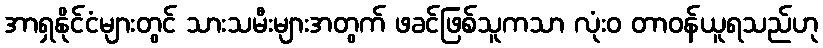
အာရှနိုင်ငံများတွင် သားသမီးများအတွက် ဖခင်ဖြစ်သူကသာ လုံးဝ တာဝန်ယူရသည်ဟု